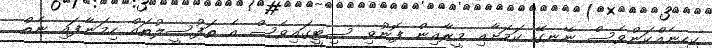
ކިހިނެއްކަންވެސް ނޭނގޭ ކަމަށާއި މީރާއިން ފޮނުވި ސިޓީގައިވެސް އެ ތަފުސީލުތައް ހިމަނާފައި ނެތް